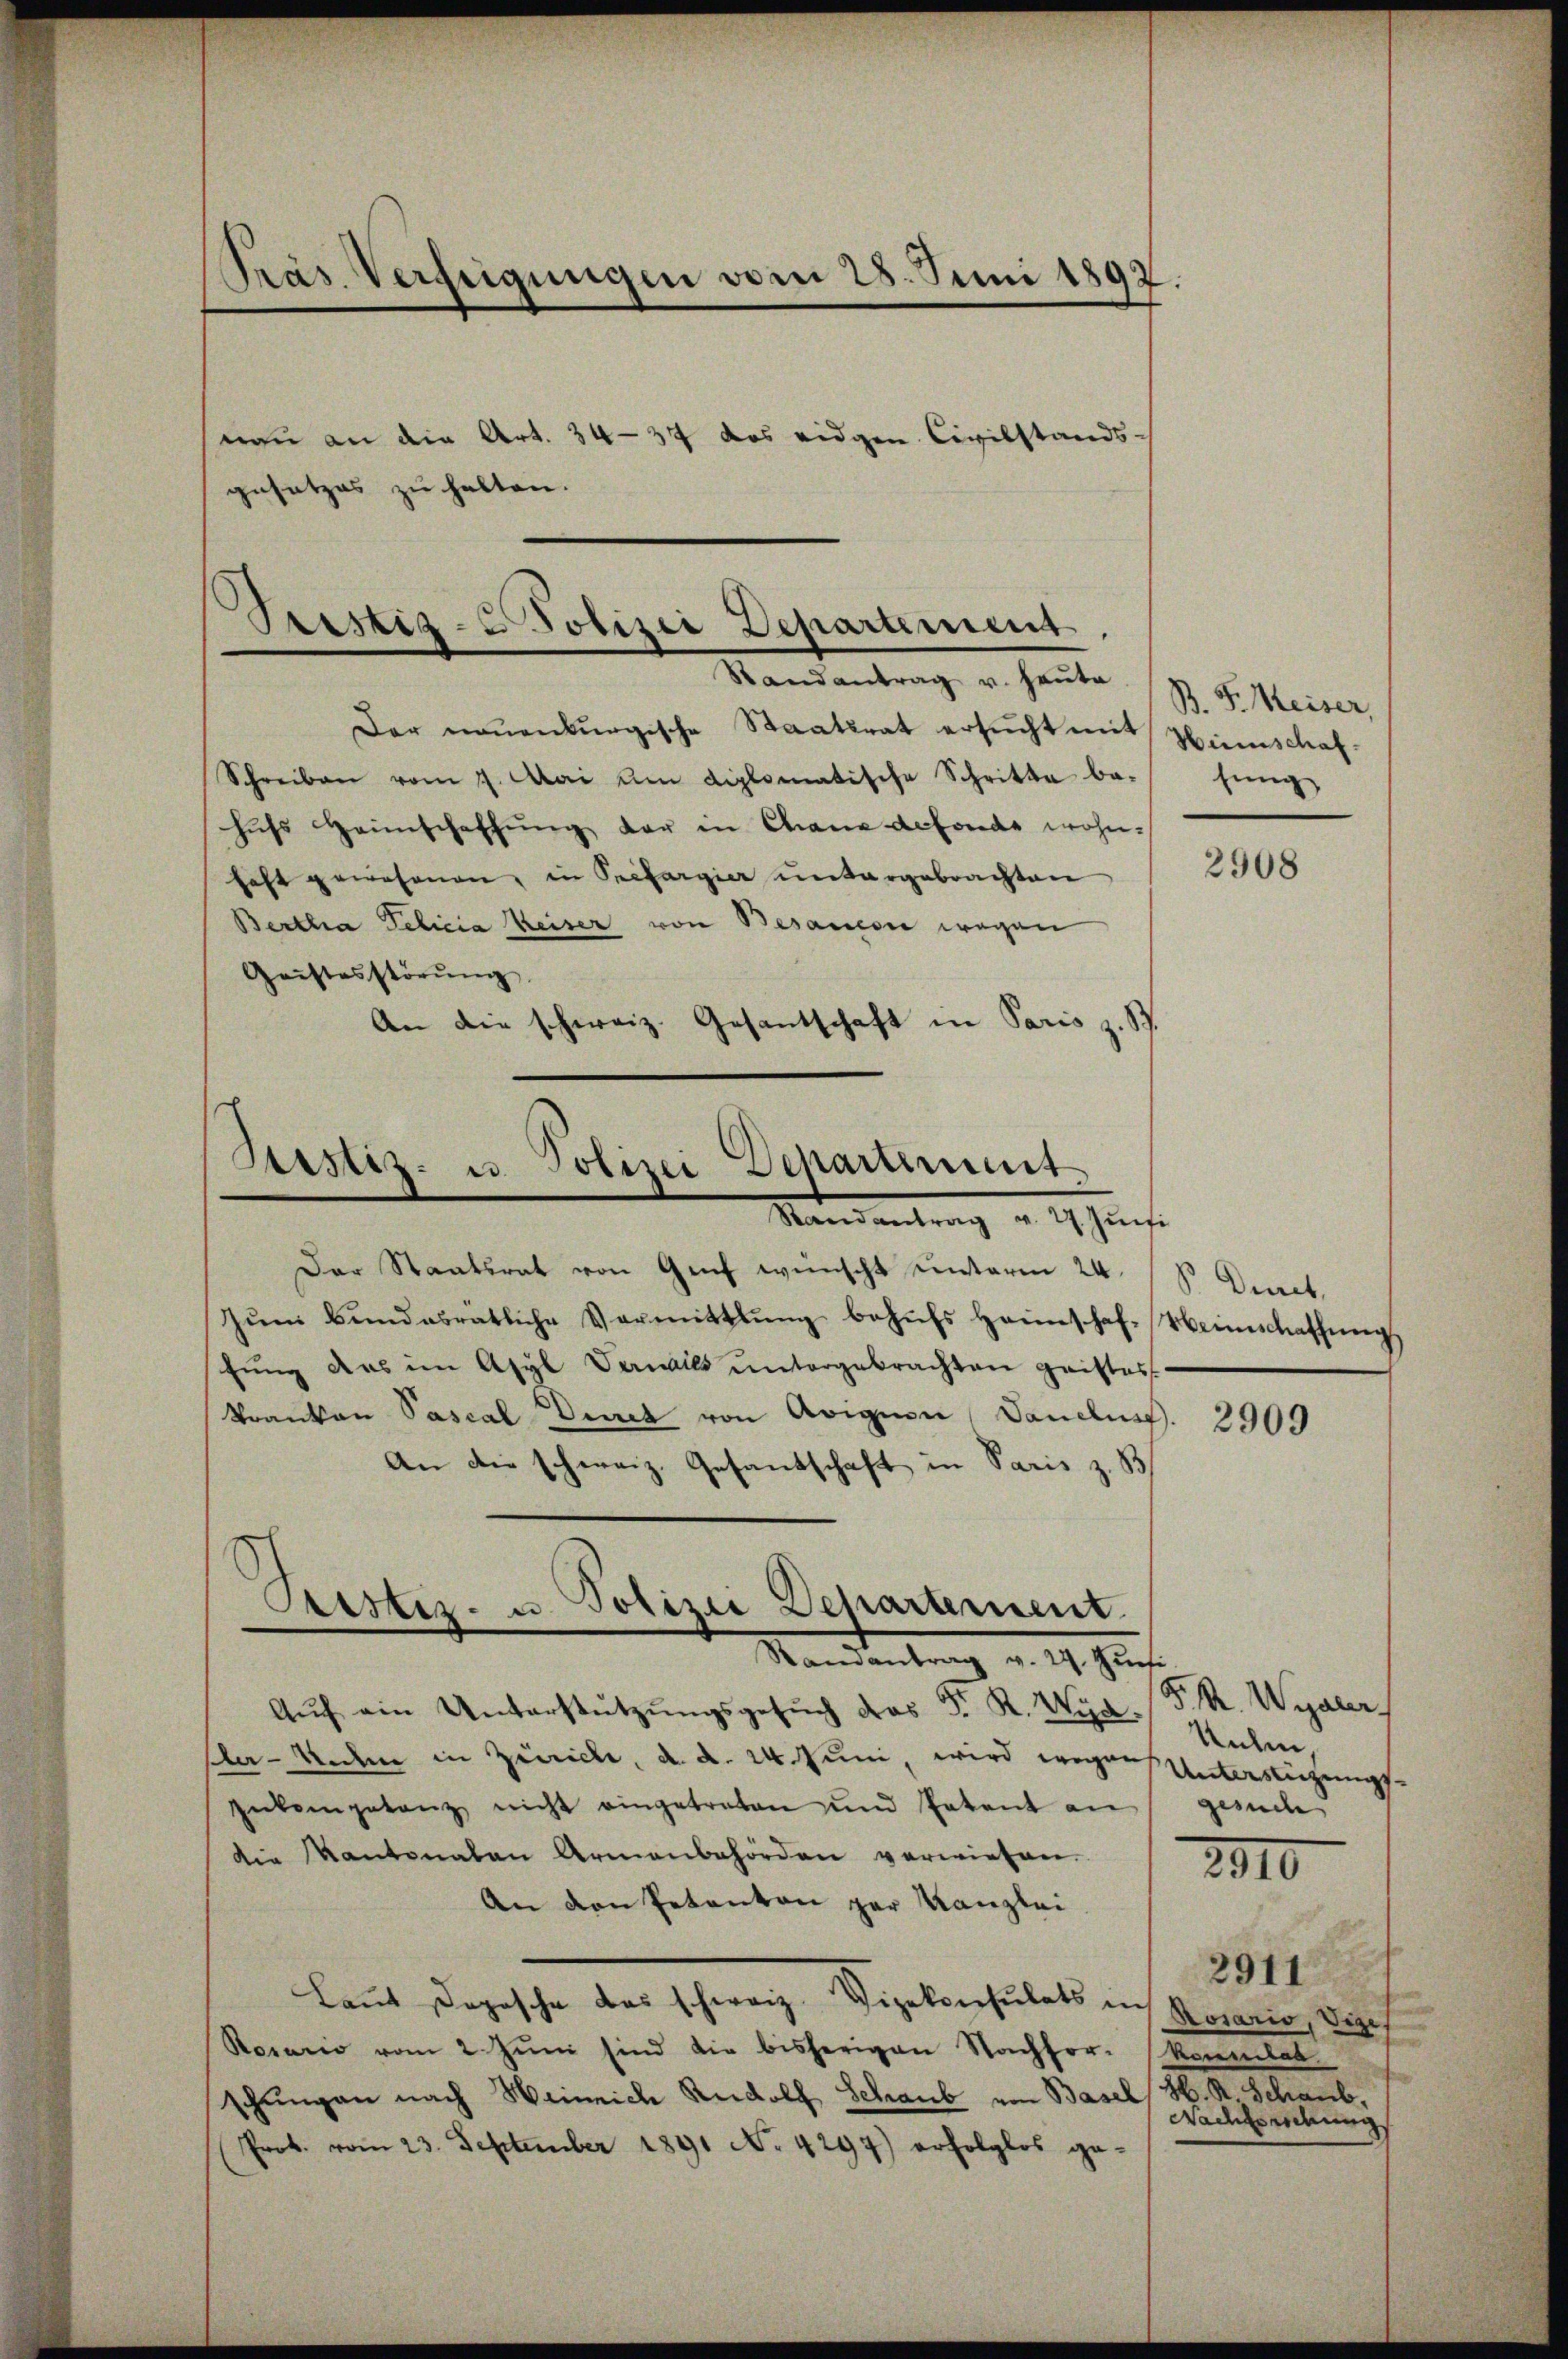
Präs. Verfeigungen vom 28. Juni 1892.

mau an die Art. 34—37 das eidgen. Civilstands-
gesetzes zu halten.

Testiz- & Polizei Departement,

Randantrag v. Heute
Der neuenburgische Staatsrat ersucht mit Hinschaf¬
Schreiben vom 7. Mai um diplomatische Schritte be-
hŭfs Heimschaffŭng der in Chane defonde wohnhaft gewesenen, in Prefargier untergebrachten
Bertha Debicia Weiser von Besamesie wegen
Geistesstörŭng
An die schweiz. Gesantschaft in Paris z. B.

Sistiz- u Polizei Departement
Mansantrag v. M. hinsi

Der Staatsrat von Genf wünscht unterm 24.
zŭm Bŭndesrätliche Vermittlung behŭfs Heimschaf-Weinschaffung
stŭng das im Asyl Vanils ŭntergebrachten geistes
Kranken Pascal Direk von Aviguen Sandlun
An die schweiz. Gesandschaft in Paris z. B
Randantrag v. 27. Justi
Aŭf ein Unterstützŭngsgesŭch das P. R. Wyd
Pla-Anden in Zürich, d. d. 24. Juni, wird wegen Unterstigungs
Eukengetanz nicht eingetreten und Patent an
die Kantonalen Armenbehörden verwiesen.
An den Petenton zur Kanzlei
Laut Depesche das schwarz Vizekonsulats in Monarin, Sohn
Resario vom 2. Jŭni sind die bisherigen Nachhor. Monat
schungen nach Weinrich Rudolf Schaub von Basel, H. R. Schaub,
(Prot. vom 23. September 1891 No 4297) erfolglos ge-

Cristiz- u. Polizei Departement.

B. P. Meiser,
sung

So. Decret,

2910

2908

2909

F. M. Wydler
Unten,
gesuch

2911
Nachsprechungs